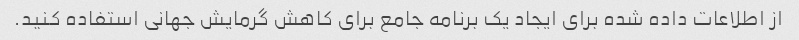
از اطلاعات داده شده برای ایجاد یک برنامه جامع برای کاهش گرمایش جهانی استفاده کنید.